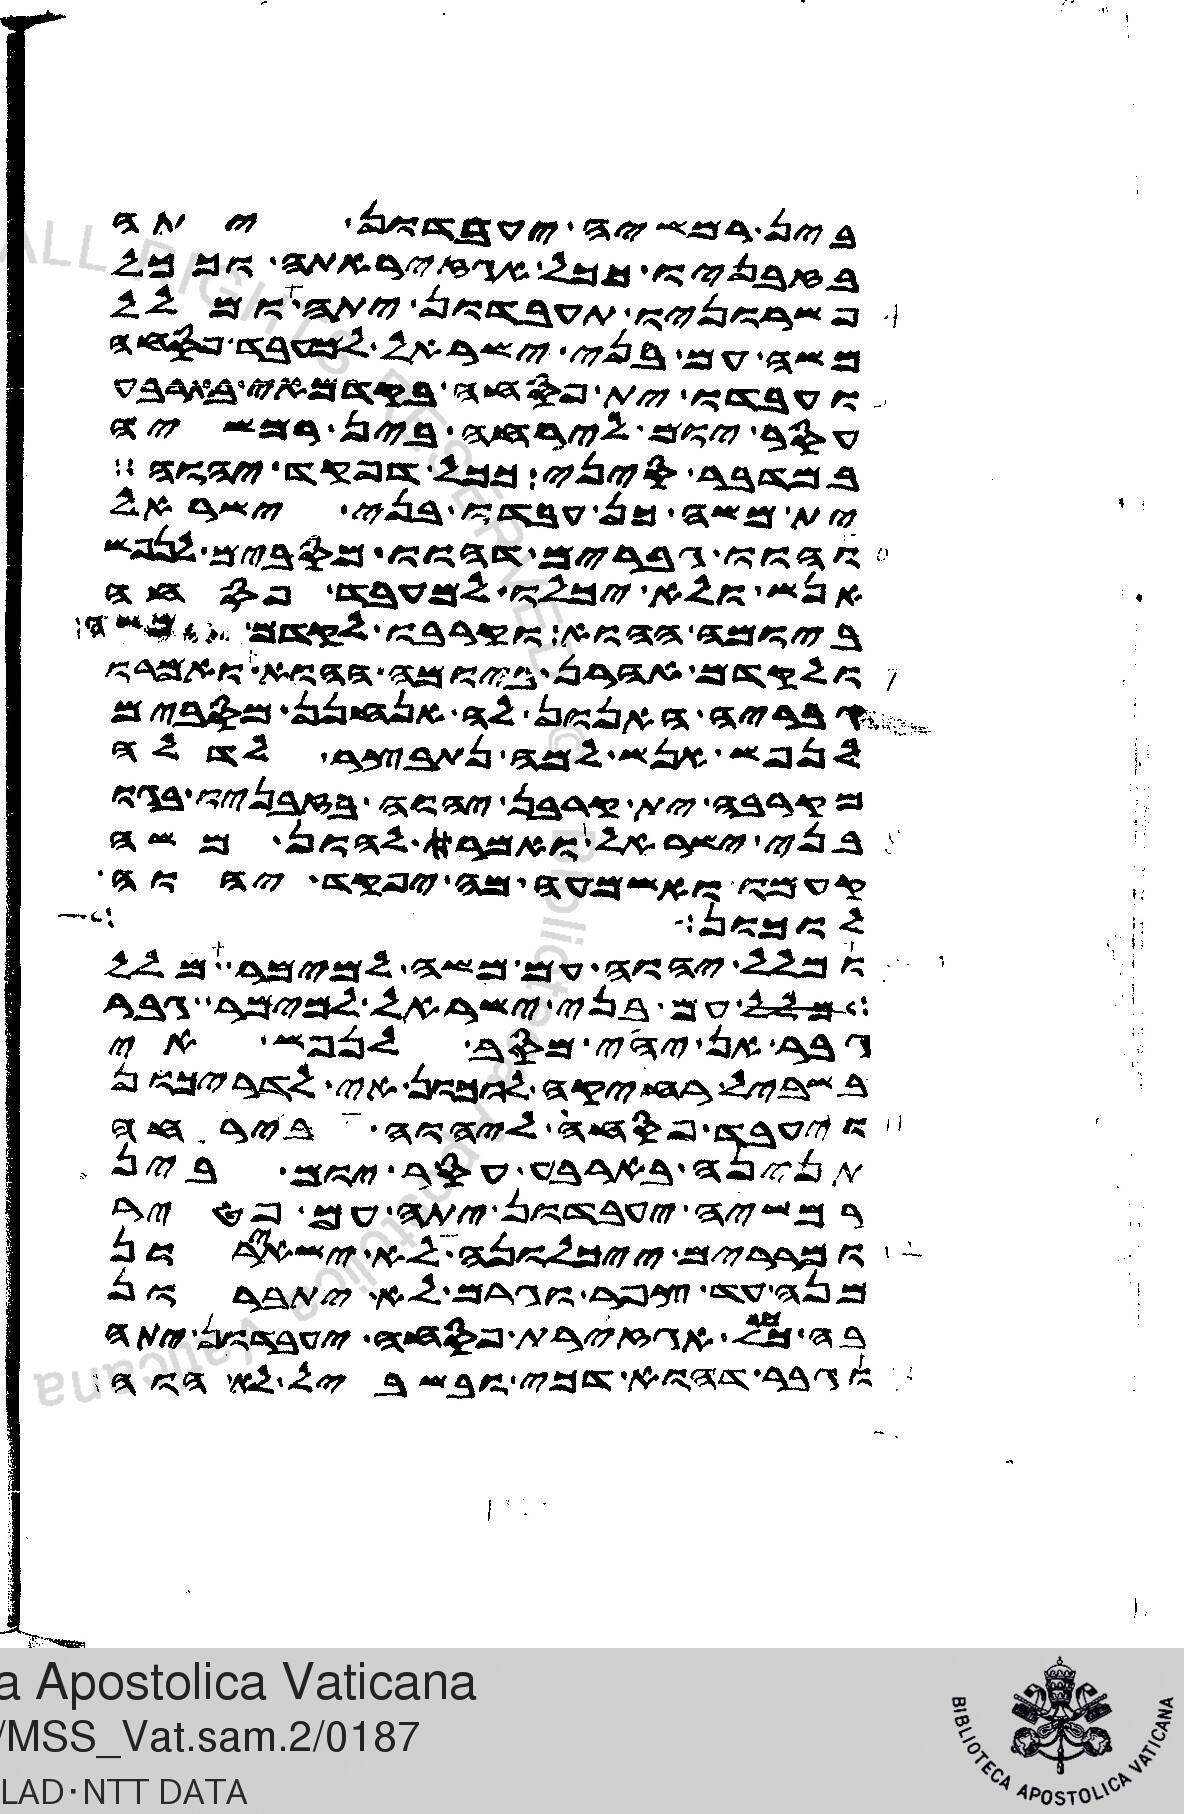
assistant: בין רמשיה יעבדון יתה
בזבניו ככל אגזיראתה וככל
פשרוניו תעבדון יתה ומלל
משה עם בני ישראל למעבד פסחה
ועבדו ית פסחה בקדמאי בארבע
עסר יום לירחה בין רמשיה
במדבר סיני ככל דפקד יהוה
ית משה כן עבדו בני ישראל
והוו גבריה דהוו מסבים לנפש
אנש ולא יכלו למעבד פסחה
ביומה ההוא וקרבו לקדם משה
ולקדם אהרן ביומה ההוא ואמרו
גבריה האנון לה אנחנן מסבים
לנפש אנש למה נתבצר לדלה
מקרבה ית קרבן יהוה בזבניו בגו
בני ישראל ואמר להון משה
קעמו ואשמעו מה יפקד יהוה
לזימון
ומלל יהוה עם משה למימר מלל
מלל עם בני ישראל למימר גבר
גבר אן יהי מסב לנפש אי
בשביל רחיקה לוכון אי לדריכון
ויעבד פסחה ליהוה בירחה
תנינה בארבע עסר יום בין
רמשיה יעבדון יתה עם פטיר
ומררים ייכלונה לא ישאירון
מנה עד צפר וגרם לא יתברון
בה ככל אגזירת פסחה יעבדון יתה
וגבר דהוא דכי ובשביל לא הוה